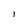
Character: l